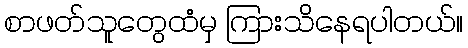
စာဖတ်သူတွေထံမှ ကြားသိနေရပါတယ်။